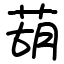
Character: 葫